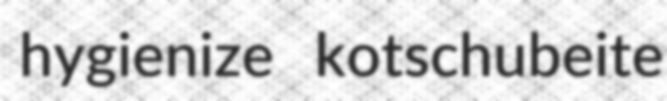
hygienize kotschubeite